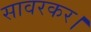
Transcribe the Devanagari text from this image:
सावरकर।